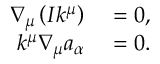
\begin{array} { r l } { \nabla _ { \mu } \left( I k ^ { \mu } \right) } & { { } = 0 , } \\ { k ^ { \mu } \nabla _ { \mu } a _ { \alpha } } & { { } = 0 . } \end{array}